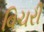
વિચરી